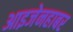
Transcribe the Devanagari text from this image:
आइजेनहाबर